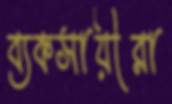
ব্যকসায়ীরা